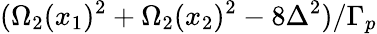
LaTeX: (\Omega_{2}(x_{1})^{2}+\Omega_{2}(x_{2})^{2}-8\Delta^{2})/\Gamma_{p}